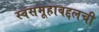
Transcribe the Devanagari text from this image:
स्वसमूहाबद्दलची